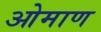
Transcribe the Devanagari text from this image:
ओमाण